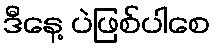
ဒီနေ့ ပဲဖြစ်ပါစေ